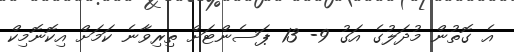
އެ ގޮތުން މުދަލުގެ އަގު 9- 13 ޕަސެންޓަށް ތިރިވާނެ ކަމަށް އިކޮނޮމިކް